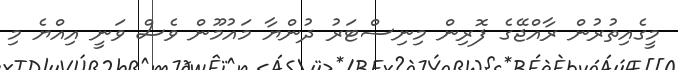
މީގެއިތުރުން ރާއްޖޭގެ ފޮރިން މިނިސްޓަރު ދުންޔާ މައުމޫން ވެސް ވަނީ އިއްޔެ މި